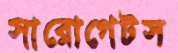
সারোগেটস